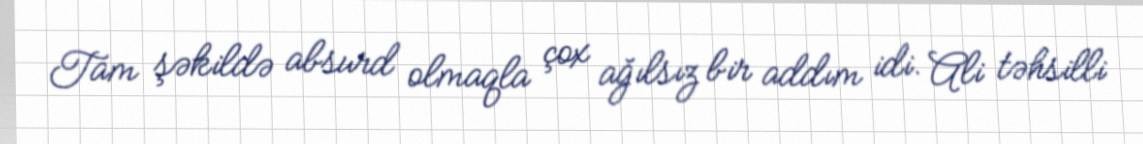
Tam şəkildə absurd olmaqla çox ağılsız bir addım idi. Ali təhsilli